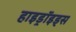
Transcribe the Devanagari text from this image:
हाइड्रॉइड्स